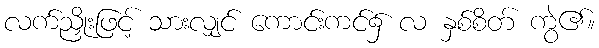
လက်ညှိုးဖြင့် သားလျှင် ကောင်းကင်၌ လ နှစ်စိတ် ကွဲ၏။